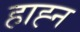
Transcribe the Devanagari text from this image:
हाह्न